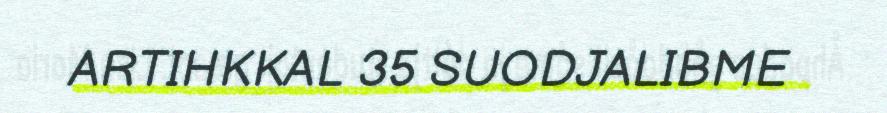
ARTIHKKAL 35 SUODJALIBME